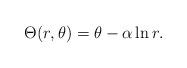
LaTeX: \begin{align*}\Theta(r,\theta)=\theta-\alpha \ln r .\end{align*}